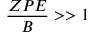
\frac { Z P E } { B } > > 1